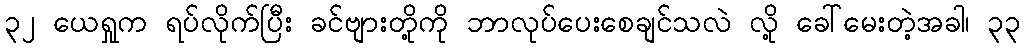
၃၂ ယေရှုက ရပ်လိုက်ပြီး ခင်ဗျားတို့ကို ဘာလုပ်ပေးစေချင်သလဲ လို့ ခေါ်မေးတဲ့အခါ၊ ၃၃